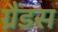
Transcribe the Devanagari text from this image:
ग्रैंडस